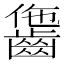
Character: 𪘗